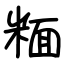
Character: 糆